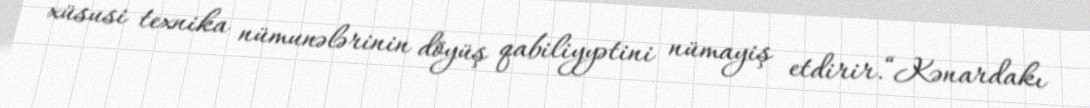
xüsusi texnika nümunələrinin döyüş qabiliyyətini nümayiş etdirir.“Kənardakı